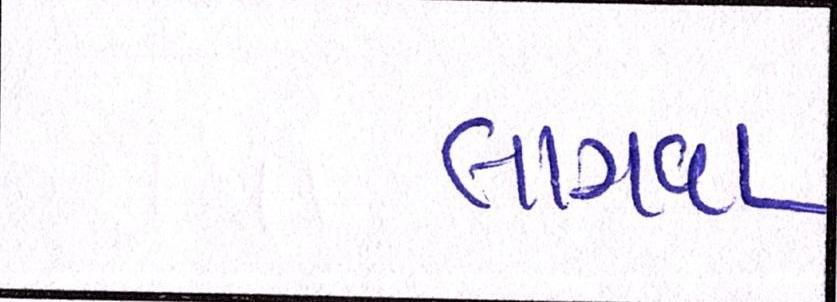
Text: લાગવા